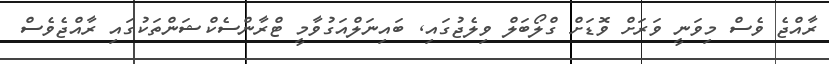
ރާއްޖެ ވެސް މިވަނީ ވަރަށް ވޮޑަށް ގްލޯބަލް ވިލެޖުގައި